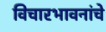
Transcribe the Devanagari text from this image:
विचारभावनांचे